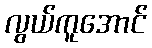
လွယ်ကူအောင်